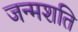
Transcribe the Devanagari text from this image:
जन्मशति